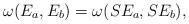
LaTeX: \begin{align*}\omega(E_a,E_b) = \omega(SE_a,SE_b),\end{align*}